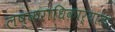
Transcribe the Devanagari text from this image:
लष्कराधिकाऱ्याला